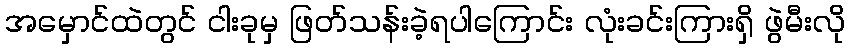
အမှောင်ထဲတွင် ငါးခုမှ ဖြတ်သန်းခဲ့ရပါကြောင်း လုံးခင်းကြားရှိ ဖွဲမီးလို